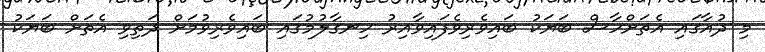
މި ދުއާގައި އެތަށްހާސް ބަޔަކު ބައިވެރިވެފައިވާއިރު ހިނގާލުމުގައި ބައިވެރިވުމަށް ދަތިވި އެތަށް ބަޔަކު